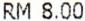
RM 8.00